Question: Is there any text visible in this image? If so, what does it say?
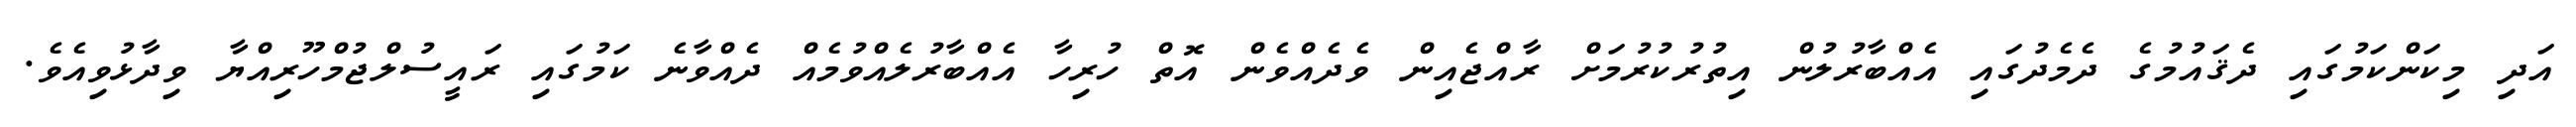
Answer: އަދި މިކަންކަމުގައި ދެޤައުމުގެ ދެމެދުގައި އެއްބާރުލުން އިތުރުކުރުމަށް ރާއްޖެއިން ވެދެއްވެން އޮތް ހުރިހާ އެއްބާރުލެއްވުމެއް ދެއްވާނެ ކަމުގައި ރައީސުލްޖުމްހޫރިއްޔާ ވިދާޅުވިއެވެ.